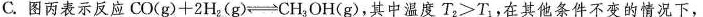
C.图丙表示反应$$C O ( g ) + 2 H _ { 2 } ( g ) \rightleftharpoons C H _ { 3 } O H ( g )，其中温度$$T _ { 2 } > T _ { 1 }$$；，在其他条件不变的情况下，